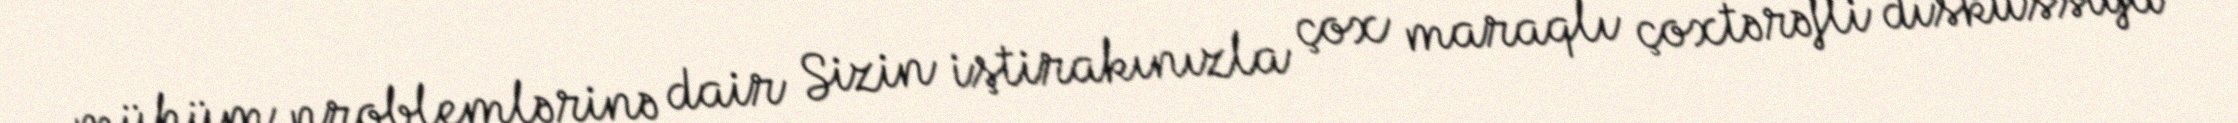
mühüm problemlərinə dair Sizin iştirakınızla çox maraqlı çoxtərəfli diskussiya